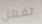
تفعل